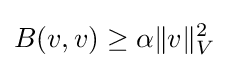
B(v,v)\geq \alpha \|v\|_{V}^{2}